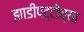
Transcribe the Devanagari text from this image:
झाडीपट्टीच्या